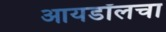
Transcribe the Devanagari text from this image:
आयडॉलचा